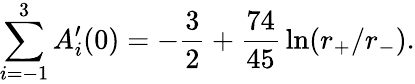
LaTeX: \sum_{i=-1}^{3}A_{i}^{\prime}(0)=-{\frac{3}{2}}+{\frac{74}{45}}\ln(r_{+}/r_{-}).